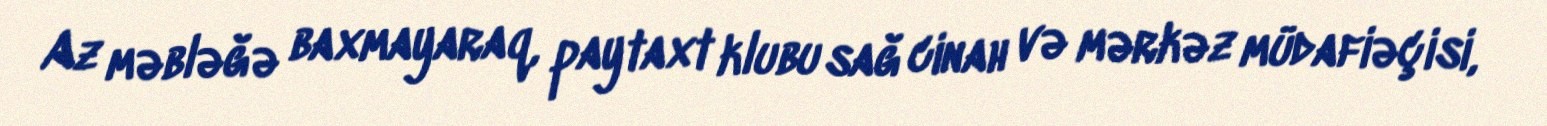
Az məbləğə baxmayaraq, paytaxt klubu sağ cinah və mərkəz müdafiəçisi,